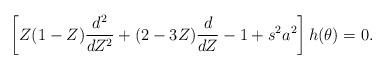
LaTeX: \begin{align*}\left[ Z(1-Z) \frac{d^2}{dZ^2} + (2-3Z) \frac{d}{dZ} -1+s^2a^2\right] h(\theta) =0.\end{align*}